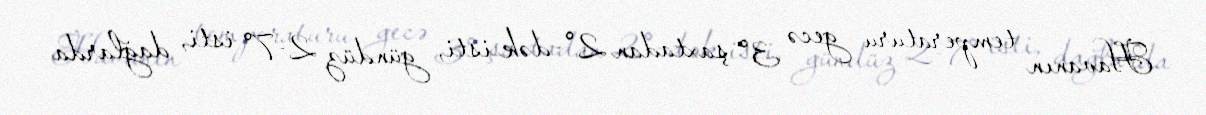
Havanın temperaturu gecə 3° şaxtadan 2°-dək isti, gündüz 2-7° isti, dağlarda